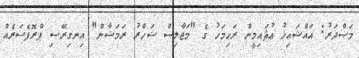
މަޞްދަރު: އައްޝައިޚު ޢުޘައިމީން ރަޙިމަހު ގެ "މަޖާލިސް ޝަހްރު ރަމަޟާން" އިނގިރޭސި ޕްރޮފެސަރެއް